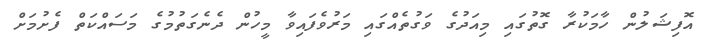
އޮފިޝަލުން ހާމަކުރާ ގޮތުގައި މިއަދުގެ ވަގުތެއްގައި މަރުވެފައިވާ މީހުން ދެނެގަތުމުގެ މަސައްކަތް ފެށުމަށް